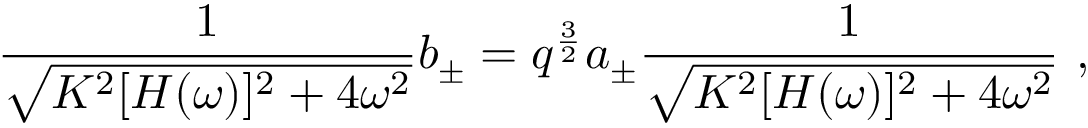
{ \frac { 1 } { \sqrt { K ^ { 2 } [ H ( \omega ) ] ^ { 2 } + 4 \omega ^ { 2 } } } } b _ { \pm } = q ^ { \frac { 3 } { 2 } } a _ { \pm } { \frac { 1 } { \sqrt { K ^ { 2 } [ H ( \omega ) ] ^ { 2 } + 4 \omega ^ { 2 } } } } \ ,